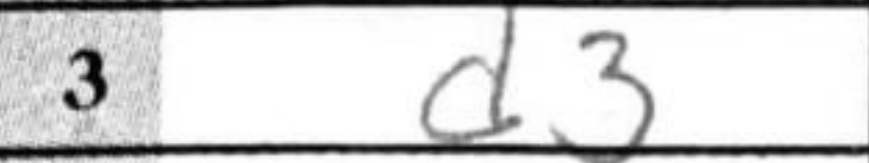
Transcription: d3